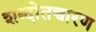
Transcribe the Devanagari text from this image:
शब्दोतच्चारण